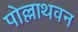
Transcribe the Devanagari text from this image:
पोल्लाथवन